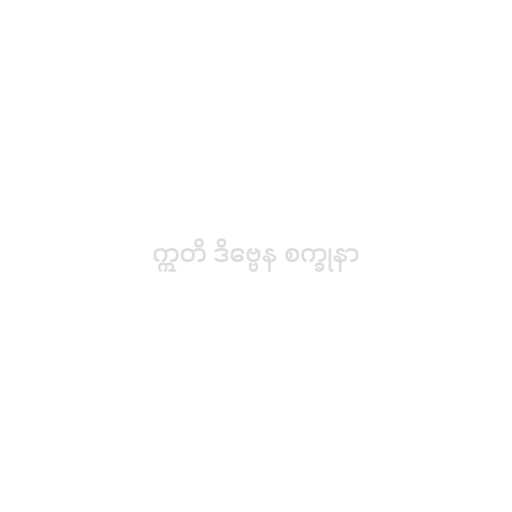
ဣတိ ဒိဗ္ဗေန စက္ခုနာ